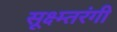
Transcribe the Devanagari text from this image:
सूक्ष्म्तरंगी